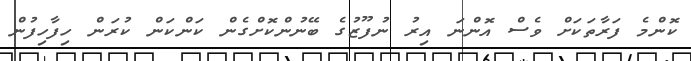
ކޮންމެ ފަރާތަކަށް ވެސް އޮންނަ އިރު ނުފޫޒުގެ ބޭނުންކޮށްގެން ކަންކަން ކުރަން ހިފާހިފުން